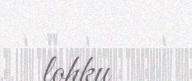
lohku